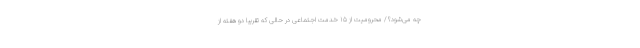
چه می‌شود؟/ محرومیت از ۱۵ خدمت اجتماعی در حالی که تقریبا دو هفته از